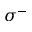
\sigma ^ { - }